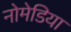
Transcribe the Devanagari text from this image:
नोमेडिया